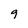
Character: 9